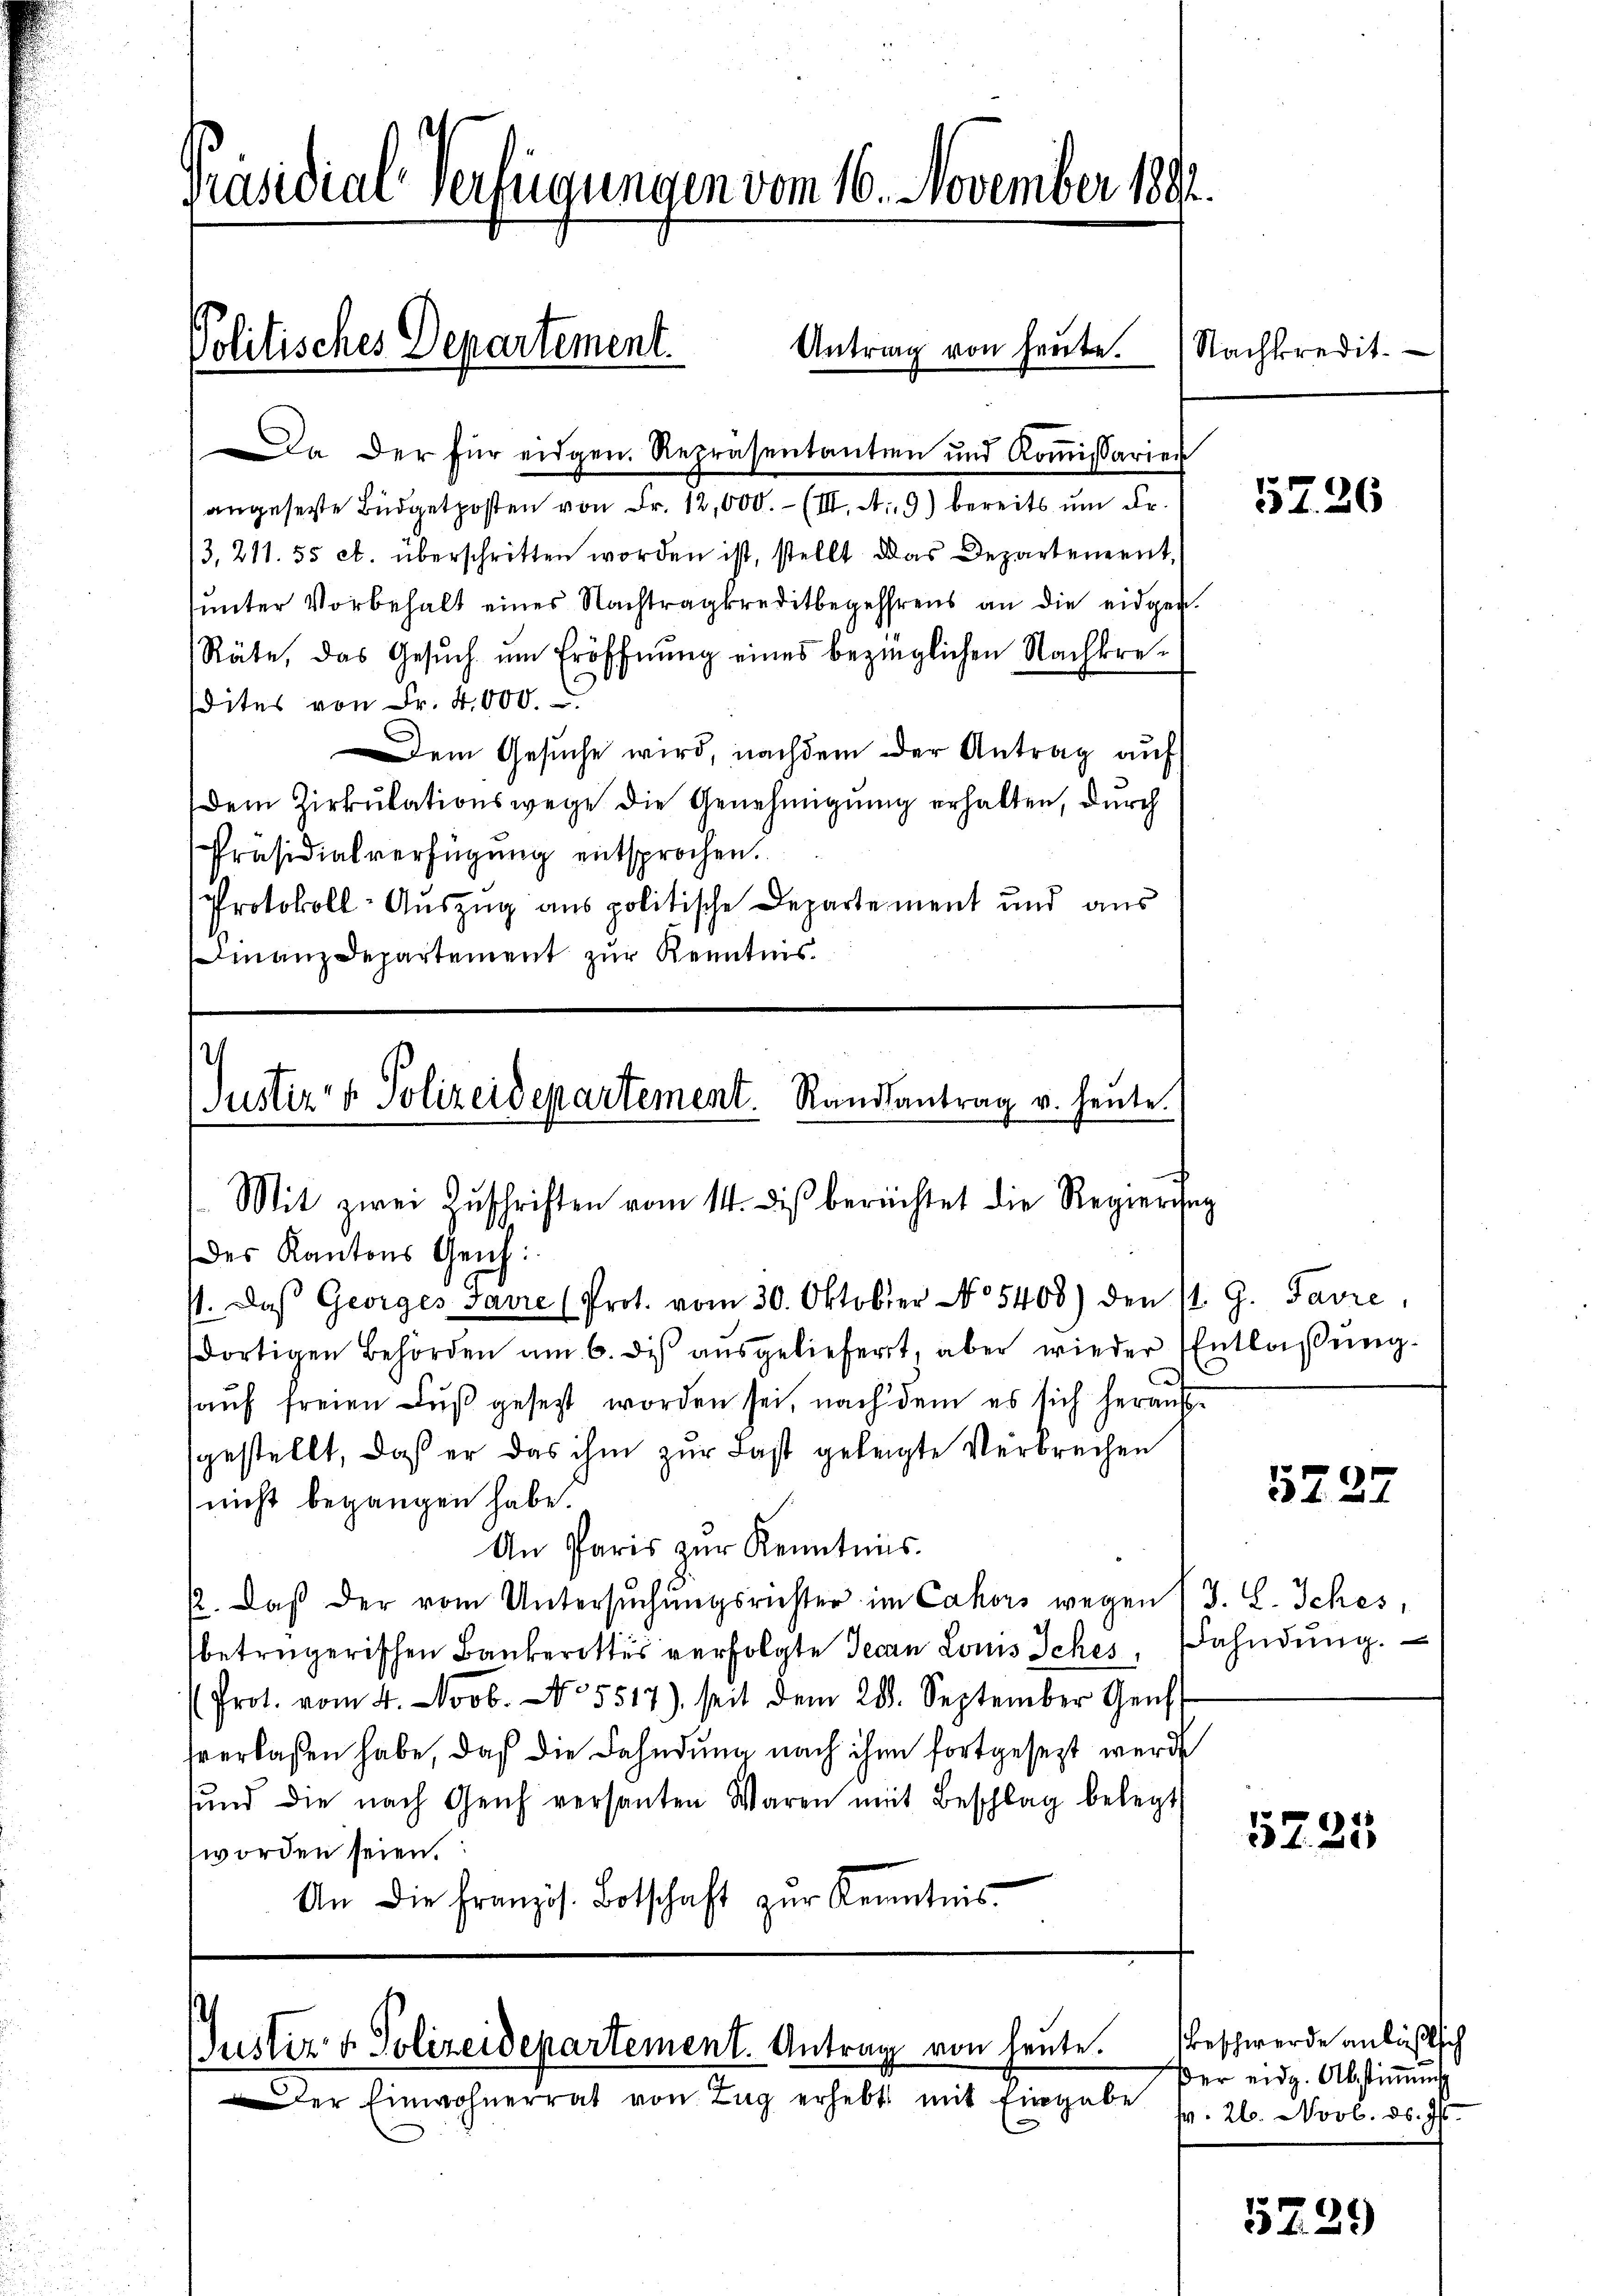
Präsidial-Verfügungen vom 16. November 1891.

Politisches Departement.

Antrag von heute.
Da der für eidgen. Repräsentantien und Koṁissarien

Justiz- & Polizeidepartement. Randsantrag u. heute.
. Mit zwei Zŭschriften vom 14. diβ berüchtet die Regierŭng
des Kantons Geich:
P. daβ Georges Javre (Prot. vom 30. Oktober No 5408) den 11. G. Favre,

dortigen Behörden am 6. des aŭsgeliefert, aber wieder Entlaßung.
hauf freien Fuß gesetzt worden sei, nach dem es sich herausgestellt, daß er das ihm zur Last gelegte Verbrechen
nicht begangen habe.
An Paris zŭr Kenntnis.
2. Daß der vom Untersŭchŭngsrichter im Cahors wegen (J. L. Iches,
betrügerischen Bankerottes verfolgte Jecan Lois Sches, Bahndŭng.
Prot. vom 4. Novb. N. 5517), seit dem 28. September Ge
sverlassen habe, daß die Fahndung nach ihn fortgesezt werde
sund die nach Geich versanten Waren mit Beschlag belegt
worden seien.
An die Französ. Botschaft zŭr Kenntnis

Justiz & Polizeidepartement. Antrag von heute.
Der Einwohnerrat von Tag erhebt mit Eingabe

angesetzte Büdgetposten von Fr. 12,000.- (III. A. 9) bereits um Dr.
3,211. 55 ct. überschritten worden ist, stellt das Departement,
ŭnter Vorbehalt eines Nachtragkreditbegehrens an die eidgen.
Räte, das Gesŭch ŭm Eröffnŭng eines bezinglichen Nachkre-
dites von Fr. 4000.
Dem Gesuche wird, nachdem der Antrag auf
dem Zirkŭlationswege die Genehmigŭng erhalten, durch
Präsidialverfügŭng entsprochen.
Protokoll-Auszug aus politische Departement und aus
Finanzdepartement zur Kenntnis.

Nachkredit.

5Z.36

5727

5725

Beschwerde anläßlich
Der eidg. Abstimmunge
p. 26. Novb. d. Js.

5239